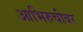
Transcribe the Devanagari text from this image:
आभिरुचीवर